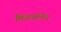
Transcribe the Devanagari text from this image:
मिळवलेच